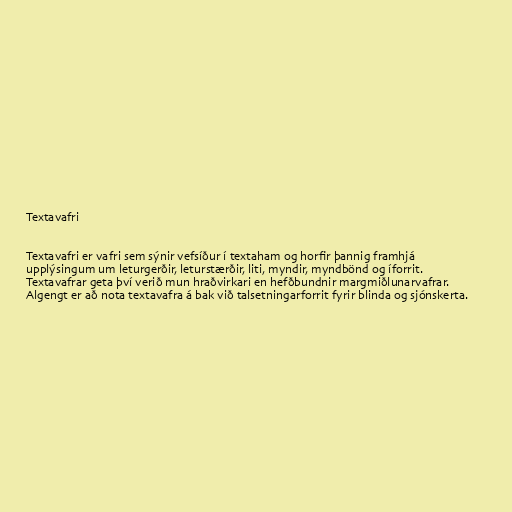
Textavafri

Textavafri er vafri sem sýnir vefsíður í textaham og horfir þannig framhjá
upplýsingum um leturgerðir, leturstærðir, liti, myndir, myndbönd og íforrit.
Textavafrar geta því verið mun hraðvirkari en hefðbundnir margmiðlunarvafrar.
Algengt er að nota textavafra á bak við talsetningarforrit fyrir blinda og sjónskerta.